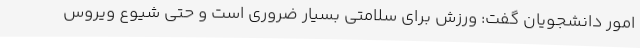
امور دانشجویان گفت: ورزش برای سلامتی بسیار ضروری است و حتی شیوع ویروس